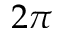
2 \pi